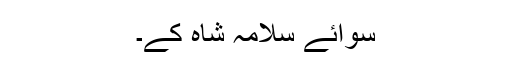
سوائے سلامہ شاہ کے۔